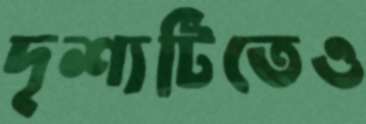
দৃশ্যটিতেও